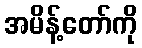
အမိန့်တော်ကို